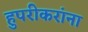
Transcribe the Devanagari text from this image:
हुपरीकरांना